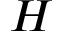
H